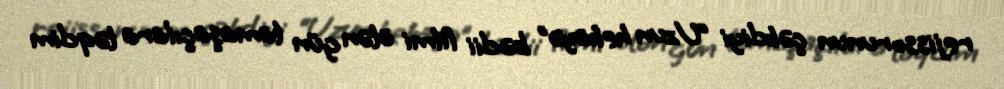
rejissorunun çəkdiyi “Uzun hekayə” bədii filmi ötən gün tamaşaçılara təqdim